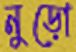
নুড়ো